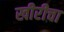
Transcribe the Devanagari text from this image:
खीरीचा